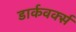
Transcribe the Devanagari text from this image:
डार्कवर्क्स